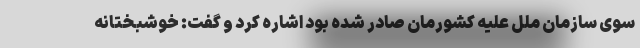
سوی سازمان ملل علیه کشورمان صادر شده بود اشاره کرد و گفت: خوشبختانه